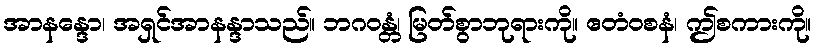
အာနန္ဒော၊ အရှင်အာနန္ဒာသည်။ ဘဂဝန္တံ၊ မြတ်စွာဘုရားကို။ ဧတံဝစနံ၊ ဤစကားကို။